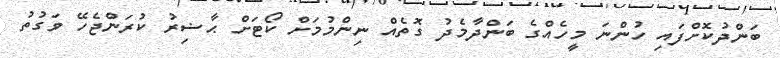
ބަންދުކޮށްފައި ހުންނަ މީހެއްގެ ބަންދާމެދު ގޮތެއް ނިންމުމަށް ކޯޓަށް ޙާޟިރު ކުރަންޖެހޭ ވަގުތު